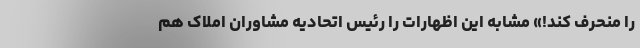
را منحرف کند!» مشابه این اظهارات را رئیس اتحادیه مشاوران املاک هم